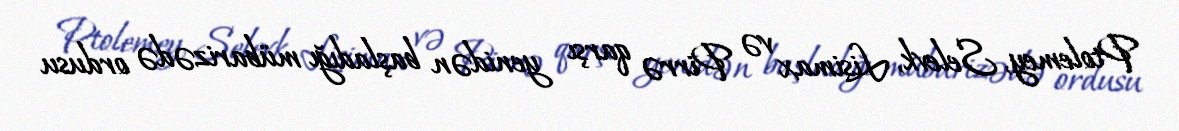
Ptolemey, Selevk, Lisimax və Pirrə qarşı yenidən başladığı mübarizədə ordusu